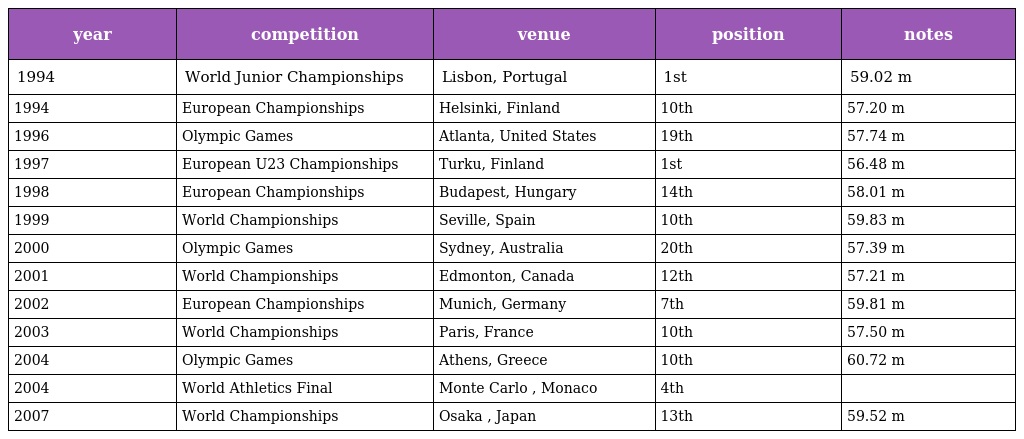
| year | competition | venue | position | notes |
 | --- | --- | --- | --- | --- |
 | 1994 | World Junior Championships | Lisbon, Portugal | 1st | 59.02 m |
 | 1994 | European Championships | Helsinki, Finland | 10th | 57.20 m |
 | 1996 | Olympic Games | Atlanta, United States | 19th | 57.74 m |
 | 1997 | European U23 Championships | Turku, Finland | 1st | 56.48 m |
 | 1998 | European Championships | Budapest, Hungary | 14th | 58.01 m |
 | 1999 | World Championships | Seville, Spain | 10th | 59.83 m |
 | 2000 | Olympic Games | Sydney, Australia | 20th | 57.39 m |
 | 2001 | World Championships | Edmonton, Canada | 12th | 57.21 m |
 | 2002 | European Championships | Munich, Germany | 7th | 59.81 m |
 | 2003 | World Championships | Paris, France | 10th | 57.50 m |
 | 2004 | Olympic Games | Athens, Greece | 10th | 60.72 m |
 | 2004 | World Athletics Final | Monte Carlo , Monaco | 4th |  |
 | 2007 | World Championships | Osaka , Japan | 13th | 59.52 m |